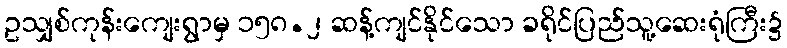
ဥသျှစ်ကုန်းကျေးရွာမှ ၁၅၈.၂ ဆန့်ကျင်နိုင်သော ခရိုင်ပြည်သူ့ဆေးရုံကြီး၌